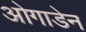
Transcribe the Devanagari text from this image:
ओगाडेन